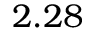
2 . 2 8